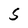
Character: 5